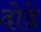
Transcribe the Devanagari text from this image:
दोडे